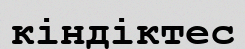
кіндіктес